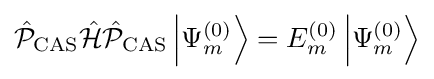
{\hat {\mathcal {P}}}_{\rm {CAS}}{\hat {\mathcal {H}}}{\hat {\mathcal {P}}}_{\rm {CAS}}\left|\Psi _{m}^{(0)}\right\rangle =E_{m}^{(0)}\left|\Psi _{m}^{(0)}\right\rangle